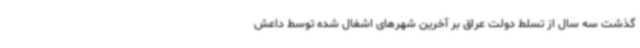
گذشت سه سال از تسلط دولت عراق بر آخرین شهرهای اشغال شده توسط داعش